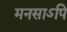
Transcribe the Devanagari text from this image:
मनसाऽपि